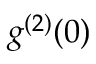
g ^ { ( 2 ) } ( 0 )